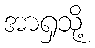
အာရှသို့